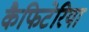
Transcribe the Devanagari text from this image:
कैफिटेरिया